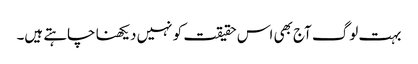
بہت لوگ آج بھی اس حقیقت کو نہیں دیکھنا چاہتے ہیں۔